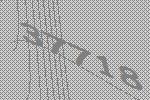
37718